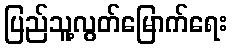
ပြည်သူ့လွတ်မြောက်ရေး